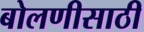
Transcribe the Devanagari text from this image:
बोलणीसाठी